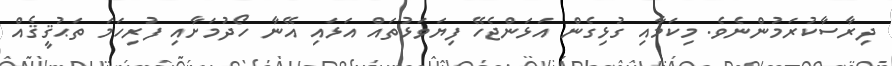
ދިރާސާކުރަމުންނެވެ. މިކަމާއި ގުޅިގެން އަޅަންޖެހޭ ފިޔަވަޅުތައް އަޅައި އޭނާ ހޯދުމަށާއި ފުރިހަމަ ތަޙުޤީޤެއް